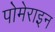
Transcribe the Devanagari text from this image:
पोमेराइन